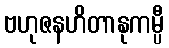
ဗဟုဇနဟိတာနုကမ္ပီ